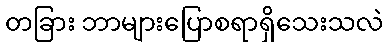
တခြား ဘာများပြောစရာရှိသေးသလဲ